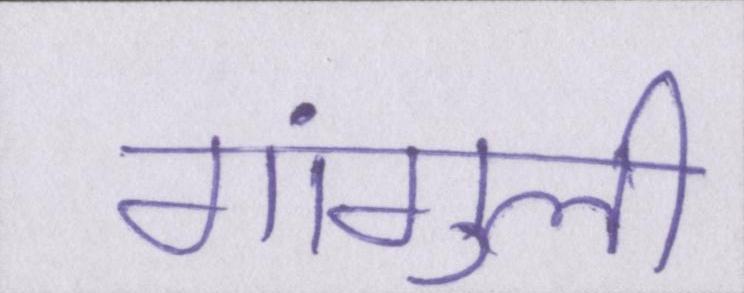
गांगुली